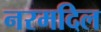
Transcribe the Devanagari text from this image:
नरमदिल